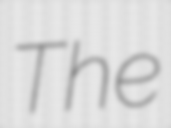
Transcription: The